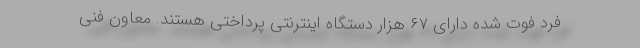
فرد فوت شده دارای ۶۷ هزار دستگاه اینترنتی پرداختی هستند. معاون فنی